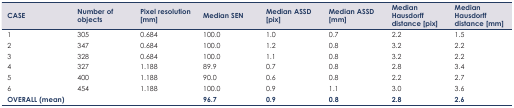
<table><thead><tr><td><b>CASE</b></td><td><b>Number of objects</b></td><td><b>Pixel resolution [mm]</b></td><td><b>Median SEN</b></td><td><b>Median ASSD [pix]</b></td><td><b>Median ASSD [mm]</b></td><td><b>Median Hausdorff distance [pix]</b></td><td><b>Median Hausdorff distance [mm]</b></td></tr></thead><tbody><tr><td>1</td><td>305</td><td>0.684</td><td>100.0</td><td>1.0</td><td>0.7</td><td>2.2</td><td>1.5</td></tr><tr><td>2</td><td>347</td><td>0.684</td><td>100.0</td><td>1.2</td><td>0.8</td><td>3.2</td><td>2.2</td></tr><tr><td>3</td><td>328</td><td>0.684</td><td>100.0</td><td>1.1</td><td>0.8</td><td>3.2</td><td>2.2</td></tr><tr><td>4</td><td>327</td><td>1.188</td><td>89.9</td><td>0.7</td><td>0.8</td><td>2.8</td><td>3.4</td></tr><tr><td>5</td><td>400</td><td>1.188</td><td>90.0</td><td>0.6</td><td>0.8</td><td>2.2</td><td>2.7</td></tr><tr><td>6</td><td>454</td><td>1.188</td><td>100.0</td><td>0.9</td><td>1.1</td><td>3.0</td><td>3.6</td></tr><tr><td><b>OVERALL (mean)</b></td><td></td><td></td><td><b>96.7</b></td><td><b>0.9</b></td><td><b>0.8</b></td><td><b>2.8</b></td><td><b>2.6</b></td></tr></tbody></table>